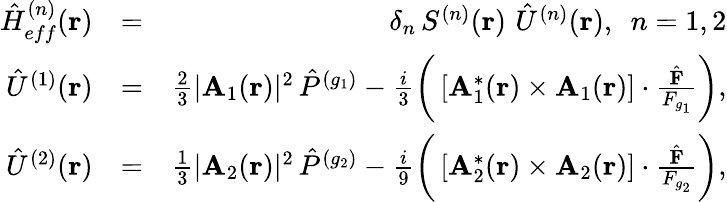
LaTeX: \begin{array}{rlr}{{\hat{H}}_{eff}^{(n)}({\mathbf r})}&{=}&{\delta_{n}\, S^{(n)}({\mathbf r})\, \, {\hat{U}}^{(n)}({\mathbf r}),\, \, \, n=1,2}\\ {{\hat{U}}^{(1)}({\mathbf r})}&{=}&{\frac{2}{3}|{\mathbf A}_{1}({\mathbf r})|^{2}\, {\hat{P}}^{(g_{1})}-\frac{i}{3}\bigg(\left[{\mathbf A}_{1}^{*}({\mathbf r})\times{\mathbf A}_{1}({\mathbf r})\right]\cdot\frac{\hat{\mathbf F}}{F_{g_{1}}}\bigg),}\\ {{\hat{U}}^{(2)}({\mathbf r})}&{=}&{\frac{1}{3}|{\mathbf A}_{2}({\mathbf r})|^{2}\, {\hat{P}}^{(g_{2})}-\frac{i}{9}\bigg(\left[{\mathbf A}_{2}^{*}({\mathbf r})\times{\mathbf A}_{2}({\mathbf r})\right]\cdot\frac{{\hat{\mathbf F}}}{F_{g_{2}}}\bigg),}\end{array}